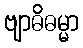
ဗျာဓိဓမ္မာ